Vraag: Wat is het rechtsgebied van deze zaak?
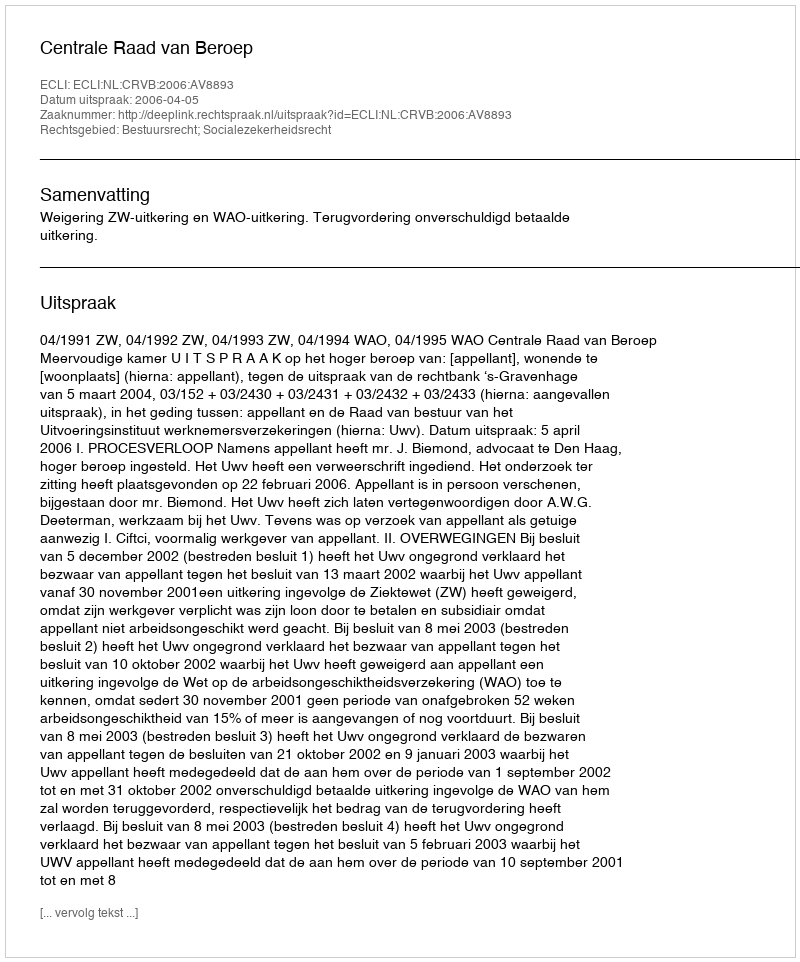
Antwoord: Bestuursrecht; Socialezekerheidsrecht